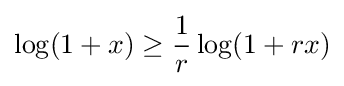
\log(1+x)\geq {\frac {1}{r}}\log(1+rx)